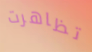
تظاهرت